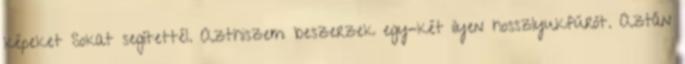
képeket Sokat segítettél. Azthiszem beszerzek egy-két ilyen hosszlyukfúrót. Aztán